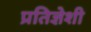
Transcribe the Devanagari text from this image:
प्रतिज्ञेशी